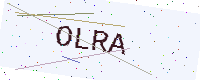
Text: OLRA